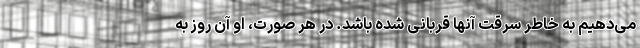
می‌دهیم به خاطر سرقت آنها قربانی شده باشد. در هر صورت، او آن روز به